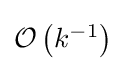
{\textstyle {\mathcal {O}}\left({k^{-1}}\right)}